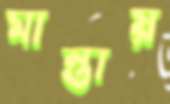
মান্তায়